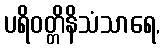
ပရိဝတ္တိနိသံသာရေ,